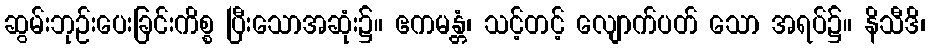
ဆွမ်းဘုဉ်းပေးခြင်းကိစ္စ ပြီးသောအဆုံး၌။ ဧကမန္တံ၊ သင့်တင့် လျောက်ပတ် သော အရပ်၌။ နိသီဒိ၊